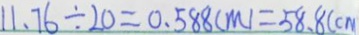
1 1 . 7 6 \div 2 0 = 0 . 5 8 8 ( m ) = 5 8 . 8 ( c m